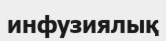
инфузиялық